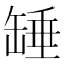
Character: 䍋